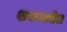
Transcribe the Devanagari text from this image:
शकमधील